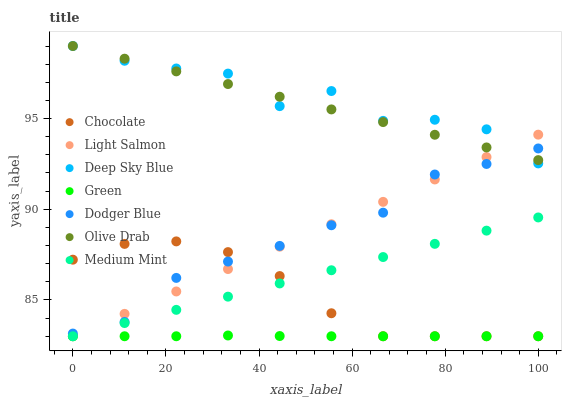
| xaxis_label | Chocolate | Light Salmon | Deep Sky Blue | Green | Dodger Blue | Olive Drab | Medium Mint |
 | --- | --- | --- | --- | --- | --- | --- | --- |
 | 0 | 87.2 | 83 | 99 | 83 | 83.1 | 99 | 83 |
 | 11.1 | 88.1 | 84.2 | 98.2 | 83 | 83.8 | 98.3 | 83.7 |
 | 22.2 | 88.2 | 85.5 | 97.8 | 83 | 86.2 | 97.6 | 84.5 |
 | 33.3 | 87.6 | 86.7 | 97.5 | 83 | 87.1 | 96.9 | 85.2 |
 | 44.4 | 86.3 | 87.9 | 95.7 | 83 | 88 | 96.2 | 85.9 |
 | 55.6 | 84.3 | 89.2 | 96.5 | 83 | 89.1 | 95.5 | 86.6 |
 | 66.7 | 83 | 90.4 | 94.9 | 83 | 89.8 | 94.8 | 87.4 |
 | 77.8 | 83 | 91.6 | 94.9 | 83 | 91.9 | 94.1 | 88.1 |
 | 88.9 | 83 | 92.9 | 94.4 | 83 | 92.5 | 93.4 | 88.8 |
 | 100 | 83 | 94.1 | 92.5 | 83 | 93.4 | 92.7 | 89.5 |